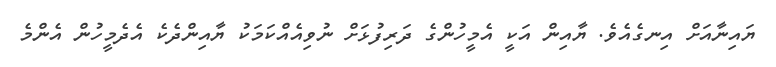
ޔައިނާއަށް އިނގެއެވެ. ޔާއިން އަކީ އެމީހުންގެ ދަރިފުޅަށް ނުވިއެއްކަމަކު ޔާއިންދެކެ އެދެމީހުން އެންމެ